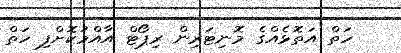
ހަތް އަތޮޅެއްގެ މޮނިޓަރިން ރިޕޯޓް އާއްމުކޮށްފި ހަތް